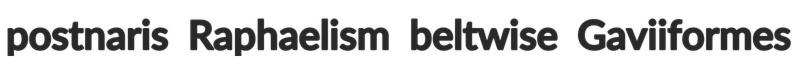
postnaris Raphaelism beltwise Gaviiformes